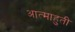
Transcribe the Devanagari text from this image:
आत्माहुती